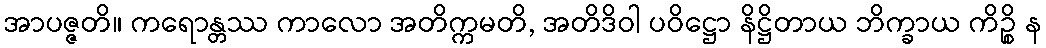
အာပဇ္ဇတိ။ ကရောန္တဿ ကာလော အတိက္ကမတိ, အတိဒိဝါ ပဝိဋ္ဌော နိဋ္ဌိတာယ ဘိက္ခာယ ကိဉ္စိ န